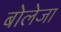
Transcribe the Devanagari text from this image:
बोलेजा